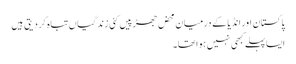
پاکستان اور انڈیا کے درمیان محض جھڑپیں کئی زندگیاں تباہ کر دیتی ہیں
ایسا پہلے کبھی نہیں ہوا تھا۔